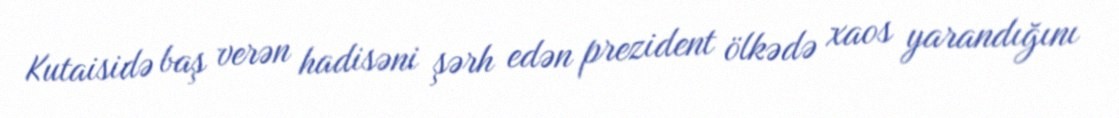
Kutaisidə baş verən hadisəni şərh edən prezident ölkədə xaos yarandığını